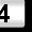
Digit: 4